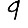
Digit: 9